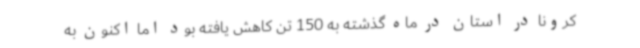
کرونا در استان در ماه گذشته به 150 تن کاهش یافته بود اما اکنون به